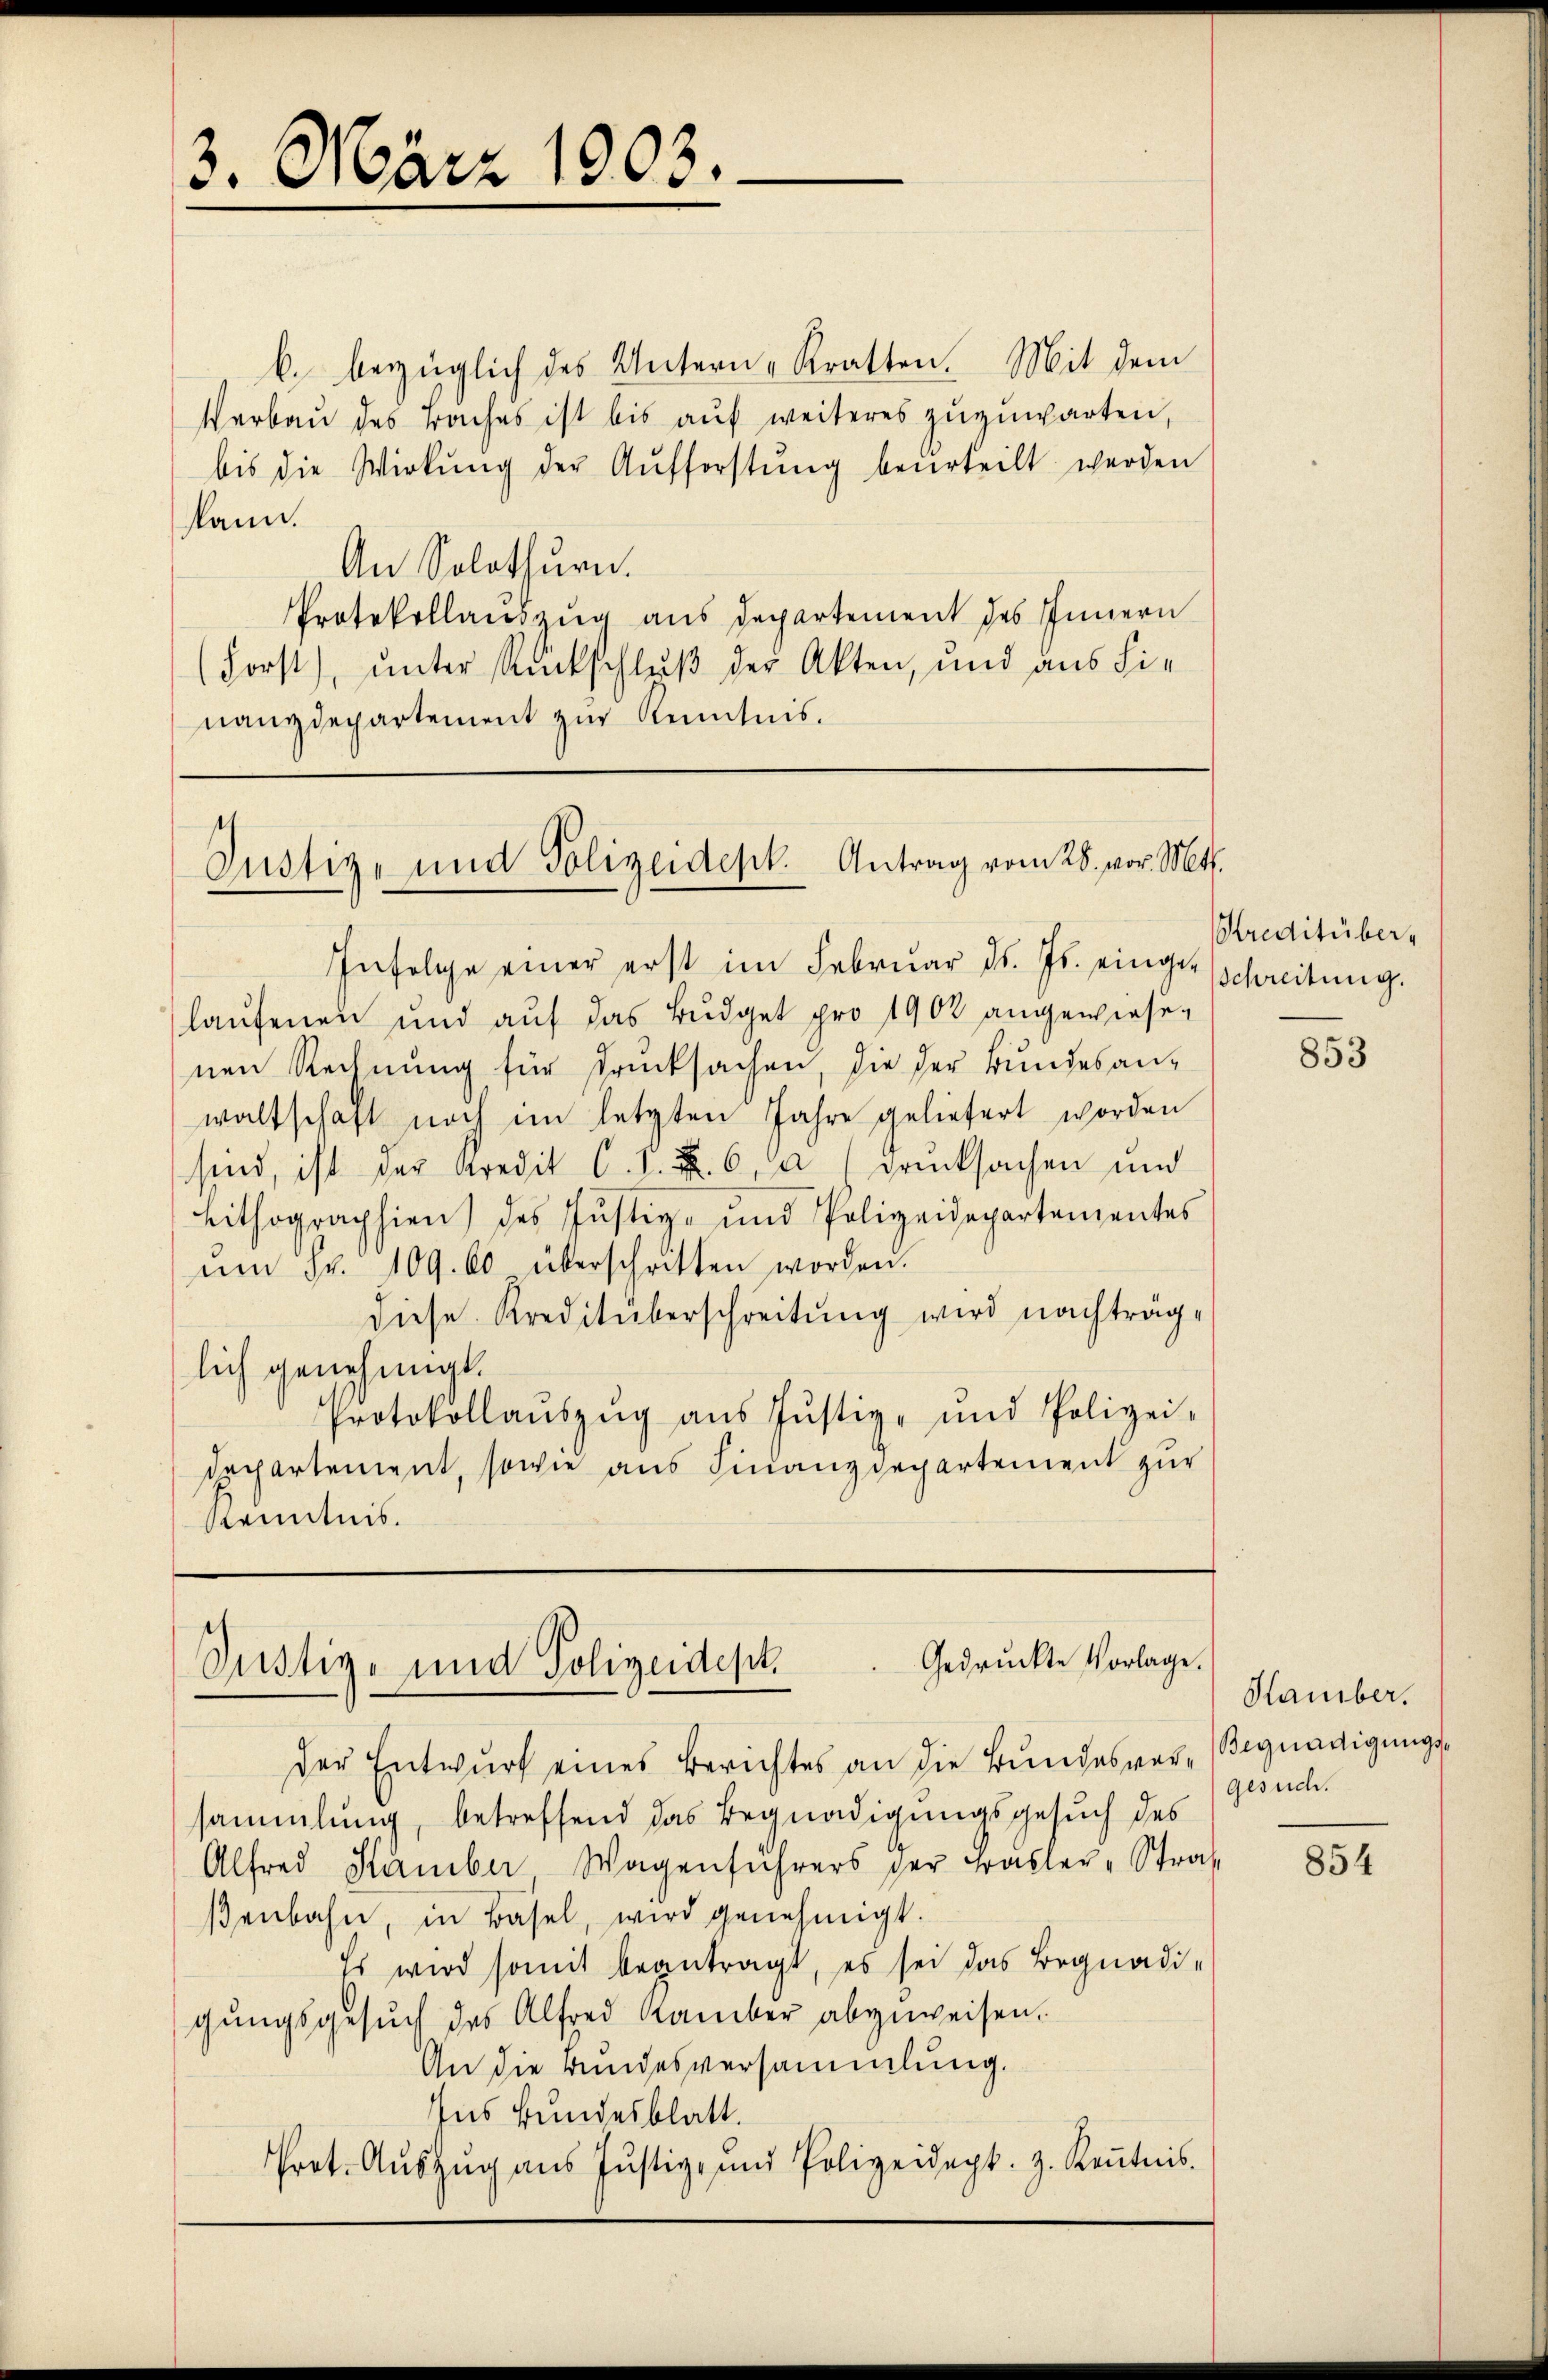
3. März 1903.

b. bezüglich des Untern-Kratten. Mit dem
Verbau des Baches ist bis aŭf weiteres zuzuwarten,
bis die Wirkung der Aufforstŭng beurteilt werden
kann.
An Solothurn.
Protokollauszug aus departement des Innern
(Forst), unter Rückschluß der Akten, und aus die
nanzdepartement zur Kenntnis.

Justiz- und Polizeidest. Antrag vom 28. vor. Mts.

Infolge einer erst im Februar d. Js. einge-
laufenen und auf das Budget pro 1902 angewiesenen Rechnung für drucksachen, die der Bundesanwaltschaft noch im letzten Jahre geliefert worden
sind, ist der Kredit C. 1. Z. 6. a drucksachen und
Lithographien) des Justiz- und Polizeidepartementes
ŭm Fr. 109. 60 überschritten worden.
diese Kreditüberschreitung wird nachträglich genehmigt.
Protokollaŭszŭg ans Justiz- und Polizei-
dechartement, sowie aus Finanzdepartement zur
Kenntnis.

Gedruckte Vorlage.
Justiz- und Polizeidept.

der Entwurf eines Berichtes an die Bundesver- Begnadigungssammlung, betreffend das Begnadigungsgesuch des
Alfred Kämber, Wagenfŭhrers der Basler-Straf
βenbahn, in Basel, wird genehmigt.
Es wird somit beantragt, es sei das Begnadigungsgesuch des Alfred Kamber abgeweisen.
An die Bundesversammlung.
Ins Bundesblatt.
Prot. Aŭszŭg ans Jŭstiz- und Polizeidept. H. Keṅtnis.

Kreditüber¬
Schreitung.

853

Hamber.
gesuch.

854